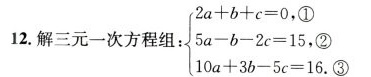
12.解三元一次方程组 $$1: \left\{ \begin{matrix} 2a+b+c=0, \textcircled 1 \\ 5a-b-2c=15,(2)\\ 10a+3b-5c=16,(3)\\ \end{matrix} \right.$$